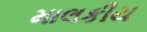
માલકીય